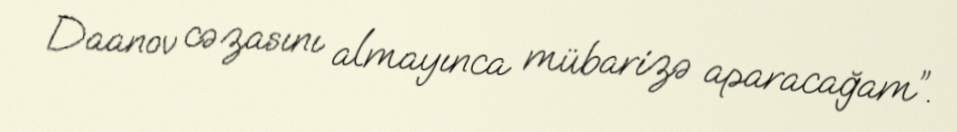
Daanov cəzasını almayınca mübarizə aparacağam”.